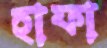
হাফা